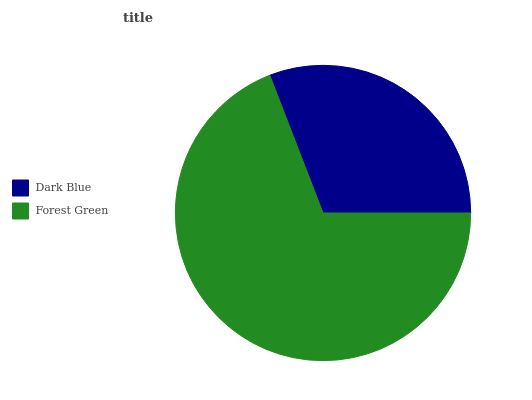
| Dark Blue | Forest Green |
 | --- | --- |
 | 30.9% | 69.1% |